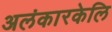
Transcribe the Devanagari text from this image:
अलंकारकेलि